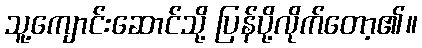
သူ့ကျောင်းဆောင်သို့ ပြန်ပို့လိုက်တော့၏။